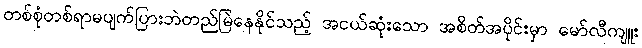
တစ်စုံတစ်ရာမပျက်ပြားဘဲတည်မြဲနေနိုင်သည့် အငယ်ဆုံးသော အစိတ်အပိုင်းမှာ မော်လီကျူး